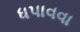
ધપાવવા